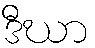
ဒီဃာ